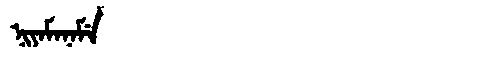
Manchu: ᠨᡳᠶᠠᠮᠠᠨᠠᠮᡝ
Romanization: NIYAMANAME